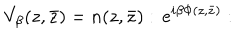
V _ { \beta } ( z , \bar { z } ) = n ( z , \bar { z } ) : \, e ^ { i \beta \Phi ( z , \bar { z } ) } :